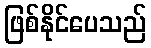
ဖြစ်နိုင်ပေသည်